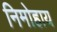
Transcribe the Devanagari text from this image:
निमोहाय